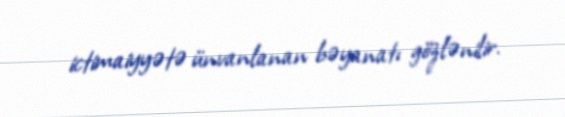
ictimaiyyətə ünvanlanan bəyanatı gözlənilir.